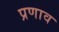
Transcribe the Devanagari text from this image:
प्रणाव